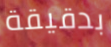
بدقيقة